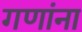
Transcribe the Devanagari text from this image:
गणांना